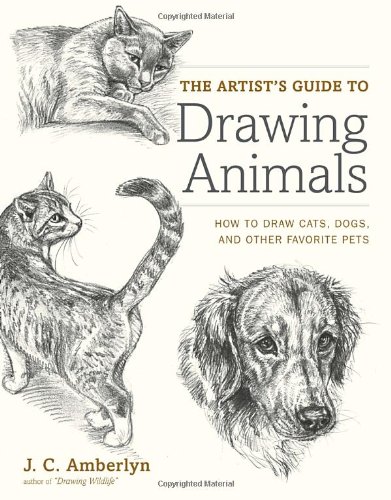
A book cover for The Artist's Guide to Drawing Animals: How to Draw Cats, Dogs, and Other Favorite Pets; J.C. Amberlyn; Reference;